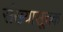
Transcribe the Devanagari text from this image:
संख्यासूचक